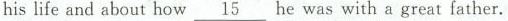
his life and about how \underline{15} he was with a great father.